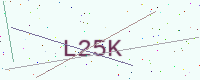
Text: L25K